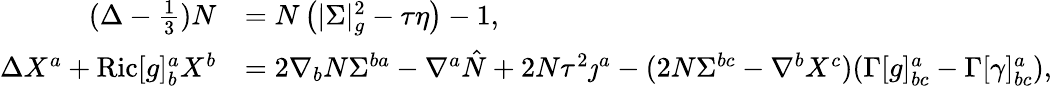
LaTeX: \begin{array}{rl}{(\Delta-\frac{1}{3})N}&{=N\left(|\Sigma|_{g}^{2}-\tau\eta\right)-1,}\\ {\Delta X^{a}+\mathrm{Ric}[g]^{a}_{b}X^{b}}&{=2\nabla_{b}N\Sigma^{ba}-\nabla^{a}\hat{N}+2N\tau^{2}\jmath^{a}-(2N\Sigma^{bc}-\nabla^{b}X^{c})(\Gamma[g]_{bc}^{a}-\Gamma[\gamma]_{bc}^{a}),}\end{array}